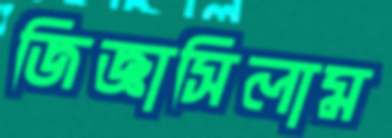
জিজ্ঞাসিলাম